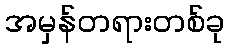
အမှန်တရားတစ်ခု